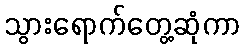
သွားရောက်တွေ့ဆုံကာ